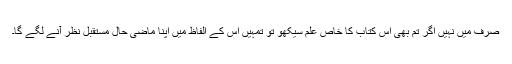
صرف میں نہیں اگر تم بھی اس کتاب کا خاص علم سیکھو تو تمہیں اس کے الفاظ میں اپنا ماضی حال مستقبل نظر آنے لگے گا۔